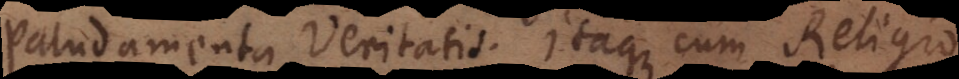
paludamenta Veritatis. Itaque cum Religio